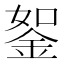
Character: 𨦔